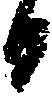
日